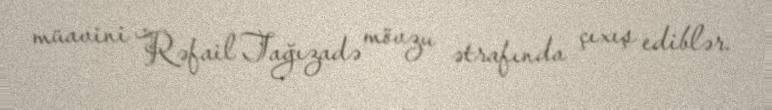
müavini Rəfail Tağızadə mövzu ətrafında çıxış ediblər.